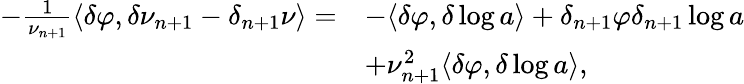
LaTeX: \begin{array}{rl}{-\frac{1}{\nu_{n+1}}\langle\delta\varphi,\delta\nu_{n+1}-\delta_{n+1}\nu\rangle=}&{-\langle\delta\varphi,\delta\log a\rangle+\delta_{n+1}\varphi\delta_{n+1}\log a}\\ &{+\nu_{n+1}^{2}\langle\delta\varphi,\delta\log a\rangle,}\end{array}